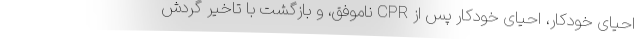
احیای خودکار، احیای خودکار پس از CPR ناموفق، و بازگشت با تاخیر گردش